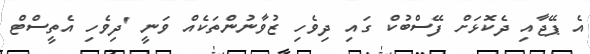
އެ ޕޭޖާއި ދެކޮޅަށް ފޭސްބުކް ގައި ދިވެހި ޒުވާނުންތަކެއް ވަނީ 'ދިވެހި އެތީސްޓް